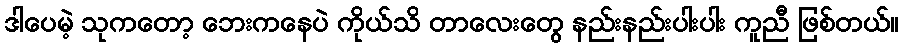
ဒါပေမဲ့ သုကတော့ ဘေးကနေပဲ ကိုယ်သိ တာလေးတွေ နည်းနည်းပါးပါး ကူညီ ဖြစ်တယ်။